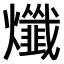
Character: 𤒯